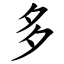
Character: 多